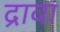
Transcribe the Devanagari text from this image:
द्रावा